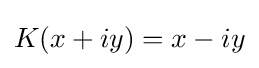
K(x+iy)=x-iy